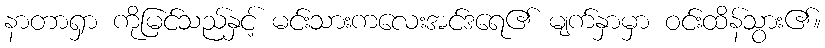
နာတာရှာ ကိုမြင်သည်နှင့် မင်းသားကလေးအင်ဒရေ၏ မျက်နှာမှာ ဝင်းထိန်သွား၏။